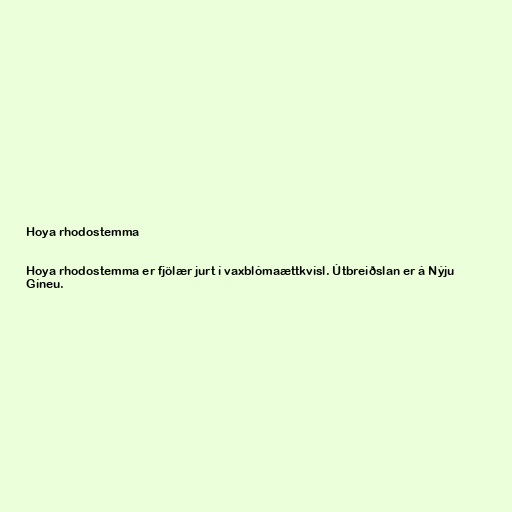
Hoya rhodostemma

Hoya rhodostemma er fjölær jurt í vaxblómaættkvísl. Útbreiðslan er á Nýju
Gíneu.